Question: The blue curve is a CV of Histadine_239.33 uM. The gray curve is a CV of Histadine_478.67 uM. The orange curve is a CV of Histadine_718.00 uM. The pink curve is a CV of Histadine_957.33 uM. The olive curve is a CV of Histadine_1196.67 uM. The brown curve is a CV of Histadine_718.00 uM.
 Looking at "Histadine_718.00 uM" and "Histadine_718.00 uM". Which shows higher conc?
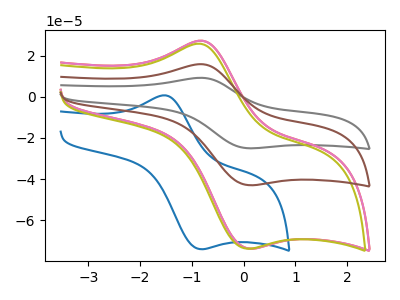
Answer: <think>The blue curve "Histadine_239.33 uM" has an anodic peak at (-1.55V, 0.75uA) and a cathodic peak at (-0.85V, -74.05uA). The gray curve "Histadine_478.67 uM" has an anodic peak at (-0.85V, 31.80uA) and a cathodic peak at (0.10V, -85.90uA). The orange curve "Histadine_718.00 uM" has an anodic peak at (-0.85V, 27.30uA) and a cathodic peak at (0.10V, -73.75uA). The pink curve "Histadine_957.33 uM" has an anodic peak at (-0.80V, 27.30uA) and a cathodic peak at (0.10V, -73.75uA). The olive curve "Histadine_1196.67 uM" has an anodic peak at (-0.85V, 25.85uA) and a cathodic peak at (0.05V, -73.75uA). The brown curve "Histadine_718.00 uM" has an anodic peak at (-0.85V, 15.90uA) and a cathodic peak at (0.10V, -42.95uA).
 All the peaks in "Histadine_718.00 uM" have a peak in "Histadine_718.00 uM" at the same potential. Every peak in "Histadine_718.00 uM" is higher than every peak in "Histadine_718.00 uM".</think>
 <answer>"Histadine_718.00 uM" has more signal than "Histadine_718.00 uM" and so likely has a higher concentration.</answer>
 <eval>more_concentration</eval>